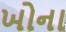
ખોના